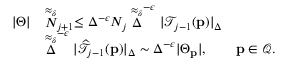
\begin{array} { r l } { | \Theta | } & { \stackrel { \approx _ { \delta } } N _ { j + 1 } \leq \Delta ^ { - \epsilon } N _ { j } \stackrel { \approx _ { \delta } } \Delta ^ { - \epsilon } | \mathcal { T } _ { j - 1 } ( \mathbf { p } ) | _ { \Delta } } \\ & { \stackrel { \approx _ { \delta } } \Delta ^ { - \epsilon } | \widehat { \mathcal { T } } _ { j - 1 } ( \mathbf { p } ) | _ { \Delta } \sim \Delta ^ { - \epsilon } | \Theta _ { \mathbf { p } } | , \qquad \mathbf { p } \in \mathcal { Q } . } \end{array}